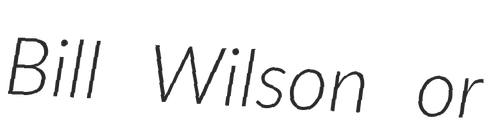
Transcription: Bill Wilson or